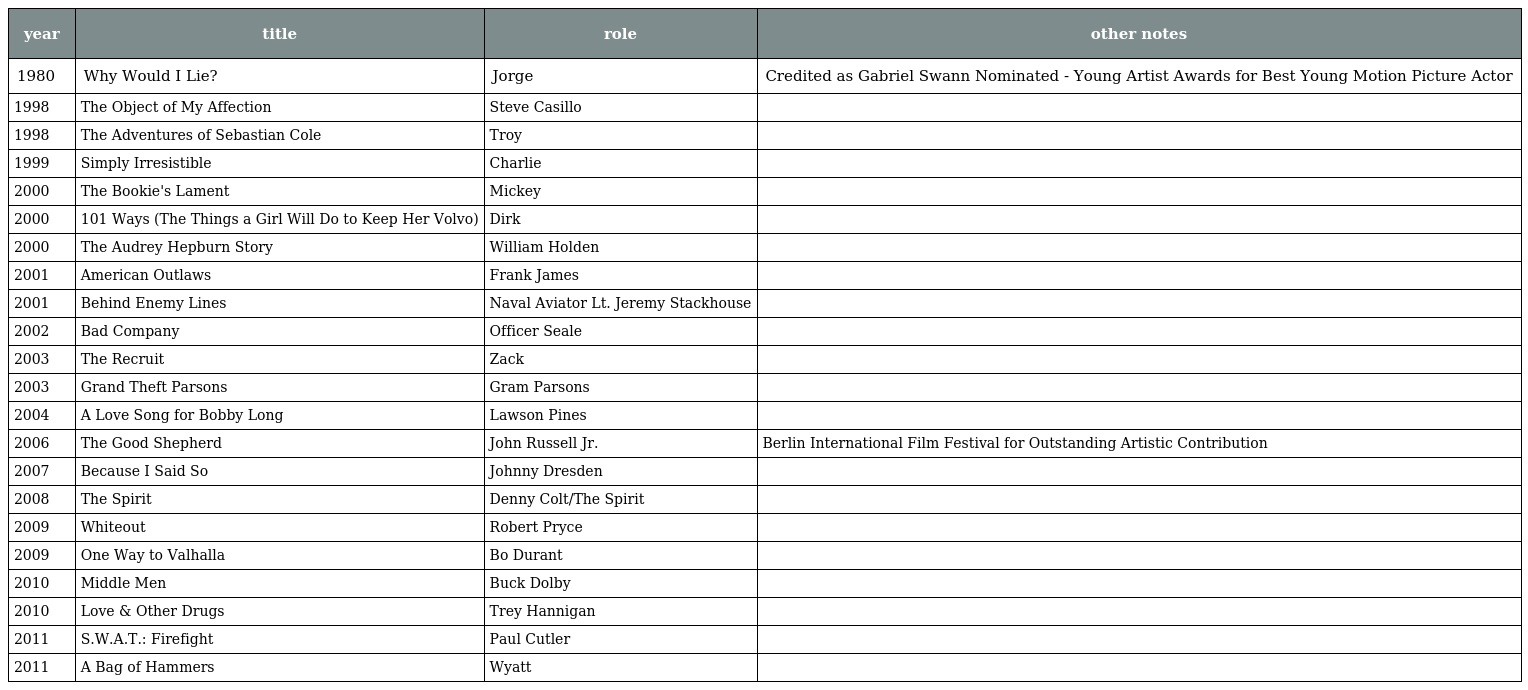
| year | title | role | other notes |
 | --- | --- | --- | --- |
 | 1980 | Why Would I Lie? | Jorge | Credited as Gabriel Swann Nominated - Young Artist Awards for Best Young Motion Picture Actor |
 | 1998 | The Object of My Affection | Steve Casillo |  |
 | 1998 | The Adventures of Sebastian Cole | Troy |  |
 | 1999 | Simply Irresistible | Charlie |  |
 | 2000 | The Bookie's Lament | Mickey |  |
 | 2000 | 101 Ways (The Things a Girl Will Do to Keep Her Volvo) | Dirk |  |
 | 2000 | The Audrey Hepburn Story | William Holden |  |
 | 2001 | American Outlaws | Frank James |  |
 | 2001 | Behind Enemy Lines | Naval Aviator Lt. Jeremy Stackhouse |  |
 | 2002 | Bad Company | Officer Seale |  |
 | 2003 | The Recruit | Zack |  |
 | 2003 | Grand Theft Parsons | Gram Parsons |  |
 | 2004 | A Love Song for Bobby Long | Lawson Pines |  |
 | 2006 | The Good Shepherd | John Russell Jr. | Berlin International Film Festival for Outstanding Artistic Contribution |
 | 2007 | Because I Said So | Johnny Dresden |  |
 | 2008 | The Spirit | Denny Colt/The Spirit |  |
 | 2009 | Whiteout | Robert Pryce |  |
 | 2009 | One Way to Valhalla | Bo Durant |  |
 | 2010 | Middle Men | Buck Dolby |  |
 | 2010 | Love & Other Drugs | Trey Hannigan |  |
 | 2011 | S.W.A.T.: Firefight | Paul Cutler |  |
 | 2011 | A Bag of Hammers | Wyatt |  |